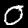
Label: 0